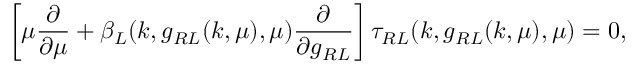
\left[ \mu \frac { \partial } { \partial \mu } + \beta _ { L } ( k , g _ { R L } ( k , \mu ) , \mu ) \frac { \partial } { \partial g _ { R L } } \right] \tau _ { R L } ( k , g _ { R L } ( k , \mu ) , \mu ) = 0 ,